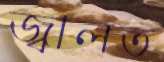
জ্বালত